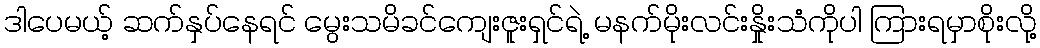
ဒါပေမယ့် ဆက်နှပ်နေရင် မွေးသမိခင်ကျေးဇူးရှင်ရဲ့ မနက်မိုးလင်းနှိုးသံကိုပါ ကြားရမှာစိုးလို့